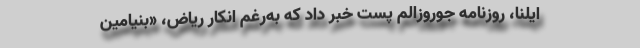
ایلنا، روزنامه جوروزالم پست خبر داد که به‌رغم انکار ریاض، «بنیامین